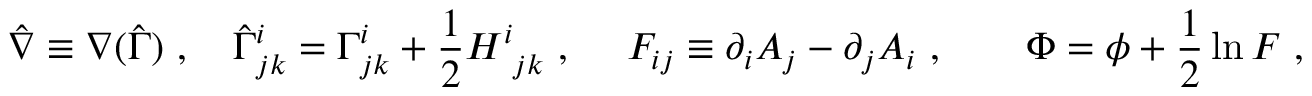
\hat { \nabla } \equiv \nabla ( \hat { \Gamma } ) \ , \ \ \ \hat { \Gamma } _ { j k } ^ { i } = \Gamma _ { j k } ^ { i } + { \frac { 1 } { 2 } } H _ { \ j k } ^ { i } \ , \ \ \ \ { \cal F } _ { i j } \equiv \partial _ { i } { \cal A } _ { j } - \partial _ { j } { \cal A } _ { i } \ , \ \ \ \ \ \ \Phi = \phi + { \frac { 1 } { 2 } } \ln F \ ,